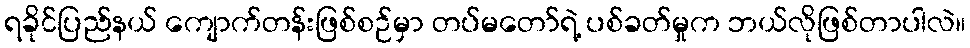
ရခိုင်ပြည်နယ် ကျောက်တန်းဖြစ်စဉ်မှာ တပ်မတော်ရဲ့ ပစ်ခတ်မှုက ဘယ်လိုဖြစ်တာပါလဲ။